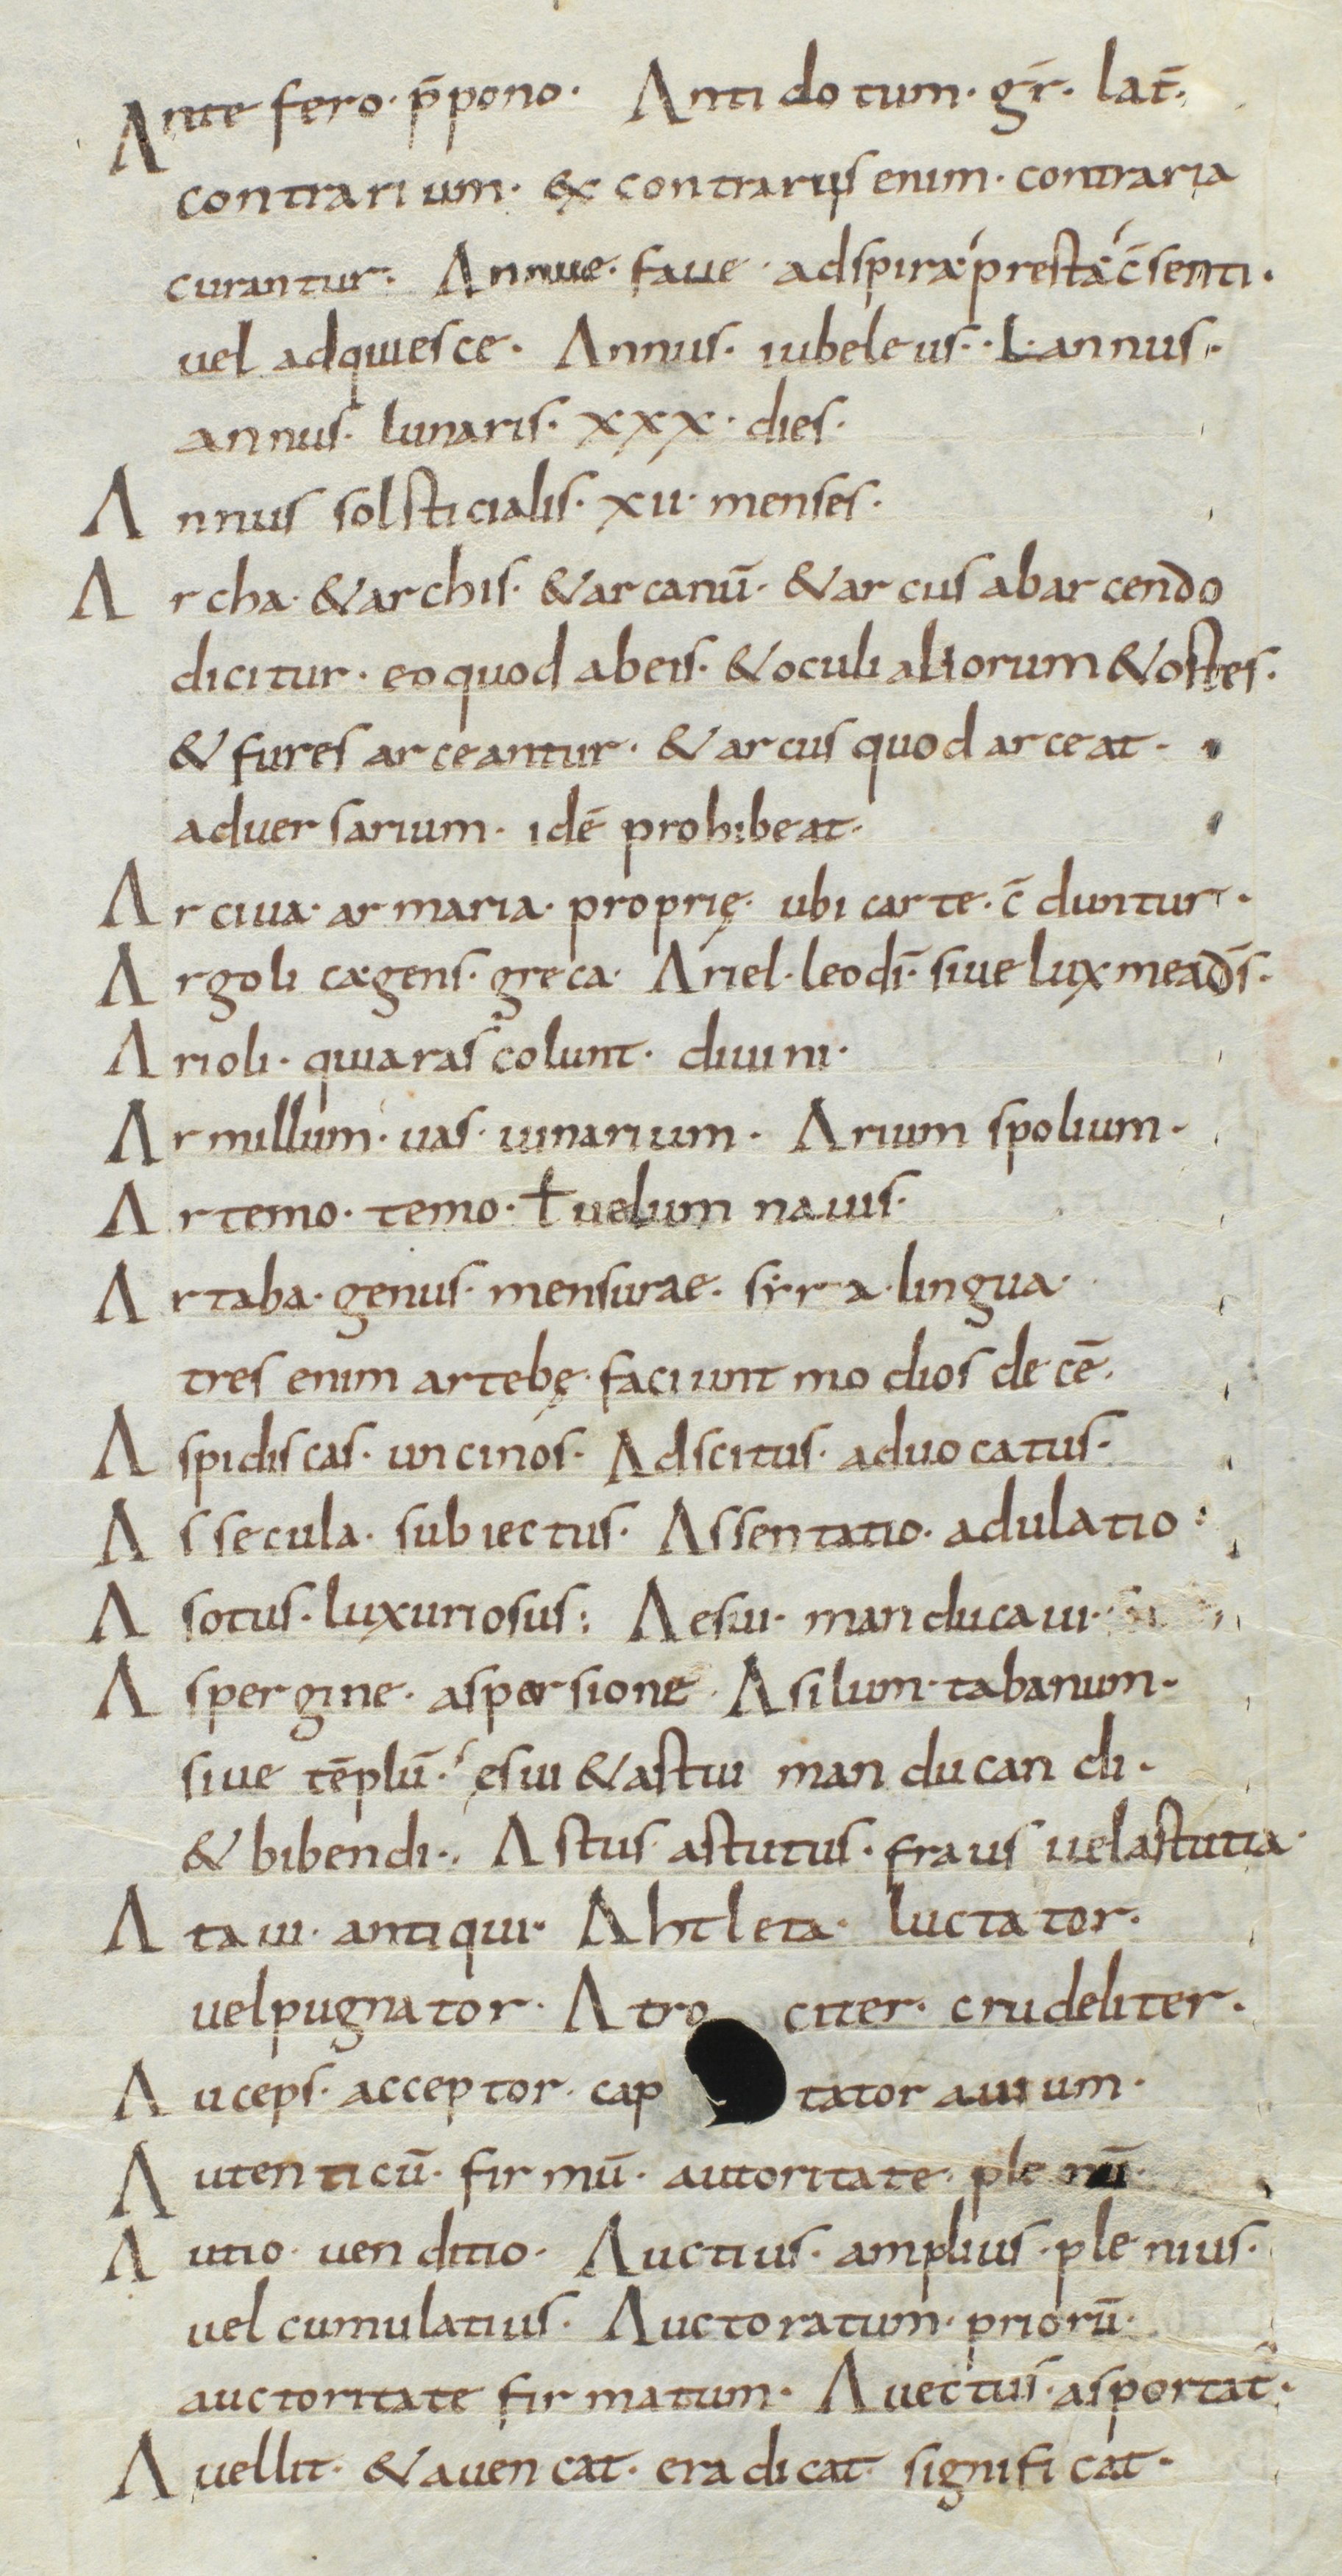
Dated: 850–899